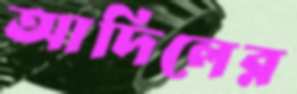
আদিলের